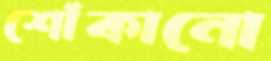
শোঁকানো